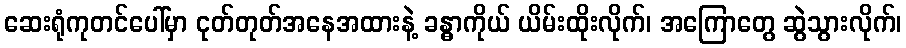
ဆေးရုံကုတင်ပေါ်မှာ ငုတ်တုတ်အနေအထားနဲ့ ခန္ဓာကိုယ် ယိမ်းထိုးလိုက်၊ အကြောတွေ ဆွဲသွားလိုက်၊